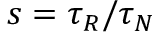
s = \tau _ { R } / \tau _ { N }